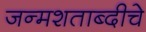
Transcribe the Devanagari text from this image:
जन्मशताब्दीचे